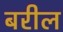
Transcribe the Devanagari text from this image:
बरील